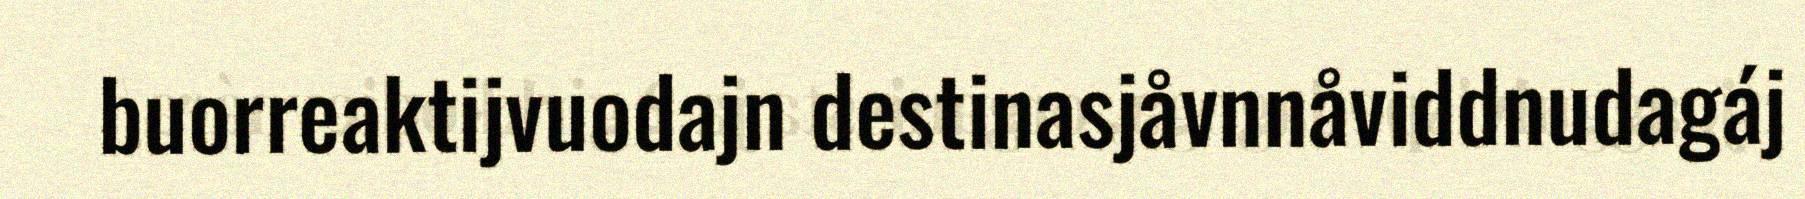
buorreaktijvuodajn destinasjåvnnåviddnudagáj